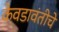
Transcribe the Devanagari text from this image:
केवडावंतीचे